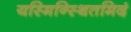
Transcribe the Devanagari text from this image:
यस्मिन्स्थितमिदं